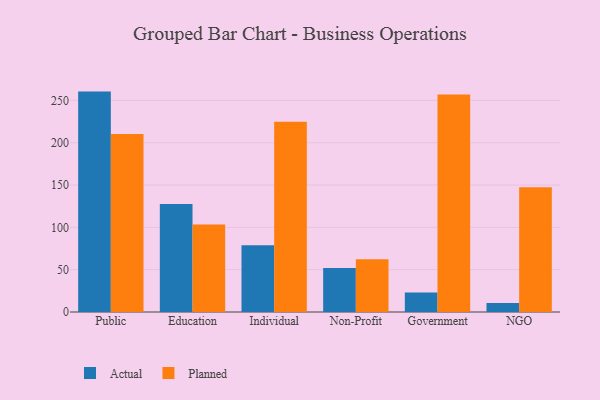
{"axis": {"x": "Segment", "y": "Latency (ms)"}, "legend": ["Actual", "Planned"], "data": [{"x": "Public", "y": 260.4, "type": "Actual"}, {"x": "Public", "y": 210.3, "type": "Planned"}, {"x": "Education", "y": 127.6, "type": "Actual"}, {"x": "Education", "y": 103.3, "type": "Planned"}, {"x": "Individual", "y": 78.8, "type": "Actual"}, {"x": "Individual", "y": 224.7, "type": "Planned"}, {"x": "Non-Profit", "y": 52.0, "type": "Actual"}, {"x": "Non-Profit", "y": 62.3, "type": "Planned"}, {"x": "Government", "y": 22.9, "type": "Actual"}, {"x": "Government", "y": 257.0, "type": "Planned"}, {"x": "NGO", "y": 10.5, "type": "Actual"}, {"x": "NGO", "y": 147.3, "type": "Planned"}]}